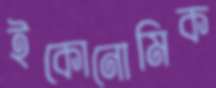
ইকোনোমিক